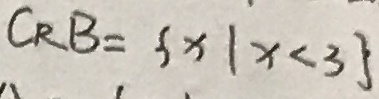
C _ { R } B = \{ x \vert x < 3 \}